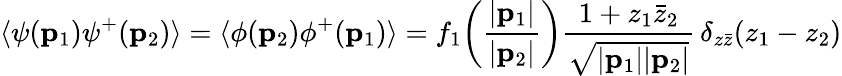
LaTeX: \langle\psi({\mathbf p}_{1})\psi^{+}({\mathbf p}_{2})\rangle=\langle\phi({\mathbf p}_{2})\phi^{+}({\mathbf p}_{1})\rangle=f_{1}\! \left(\frac{|{\mathbf p}_{1}|}{|{\mathbf p}_{2}|}\right)\frac{1+z_{1}\bar{z}_{2}}{\sqrt{|{\mathbf p}_{1}||{\mathbf p}_{2}|}}\, \delta_{z\bar{z}}(z_{1}-z_{2})